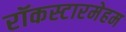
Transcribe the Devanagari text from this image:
रॉकस्टारमेहम